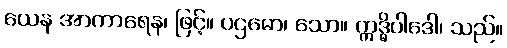
ယေန အာကာရေန၊ ဖြင့်။ ပဌမော၊ သော။ ဣဒ္ဓိပါဒေါ၊ သည်။